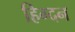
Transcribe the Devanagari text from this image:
हिग्दन